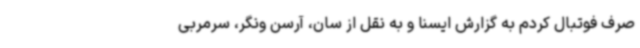
صرف فوتبال کردم به گزارش ایسنا و به نقل از سان، آرسن ونگر، سرمربی